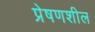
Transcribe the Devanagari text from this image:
प्रेषणशील